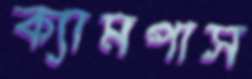
ক্যামপাস